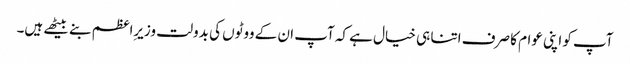
آپ کو اپنی عوام کا صرف اتنا ہی خیال ہے کہ آپ ان کے ووٹوں کی بدولت وزیرِاعظم بنے بیٹھے ہیں۔